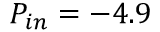
P _ { i n } = - 4 . 9